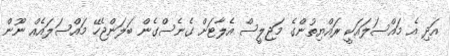
އަދި އެ މައްސަލައަކީ ރައްޔިތުންގެ މަޖިލީސް އެލާޓަށް ގެނެސްގެން ބަލަންޖެހޭ މައްސަލައެއް ނޫން